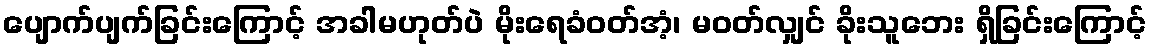
ပျောက်ပျက်ခြင်းကြောင့် အခါမဟုတ်ပဲ မိုးရေခံဝတ်အံ့၊ မဝတ်လျှင် ခိုးသူဘေး ရှိခြင်းကြောင့်